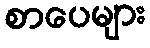
စာပေများ